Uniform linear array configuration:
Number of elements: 8
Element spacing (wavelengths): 0.5
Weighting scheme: hann
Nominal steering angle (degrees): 60
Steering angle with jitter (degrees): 58.24
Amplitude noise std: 0.05
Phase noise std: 0.05

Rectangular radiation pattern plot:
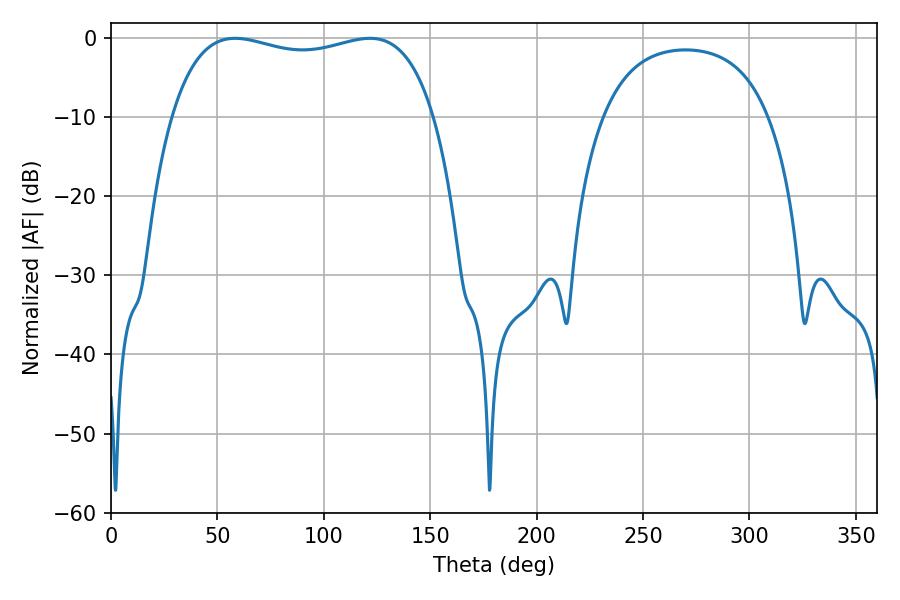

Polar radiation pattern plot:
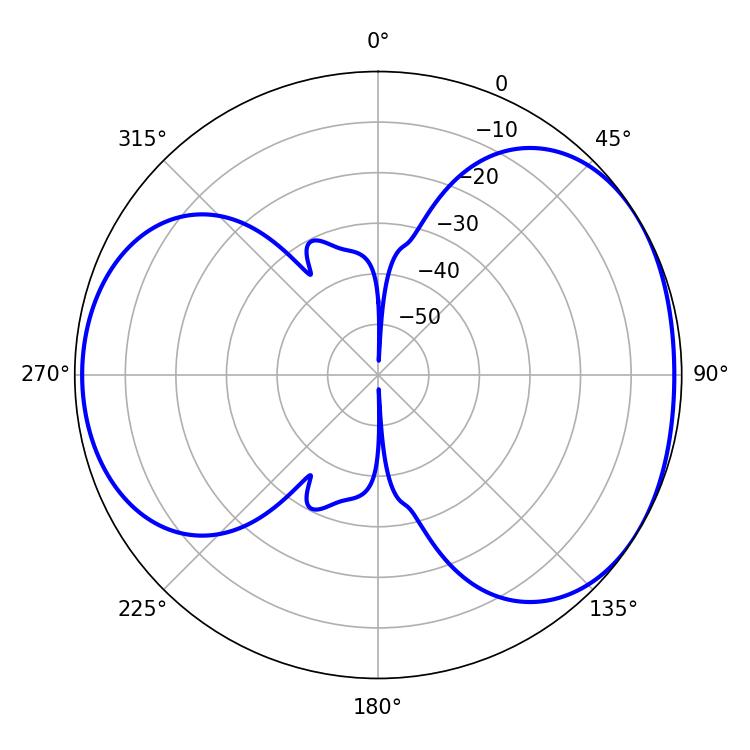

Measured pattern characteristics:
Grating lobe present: FALSE
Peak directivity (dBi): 4.359
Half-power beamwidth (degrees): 100.44
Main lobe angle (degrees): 58.32